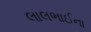
લાલભાઈના